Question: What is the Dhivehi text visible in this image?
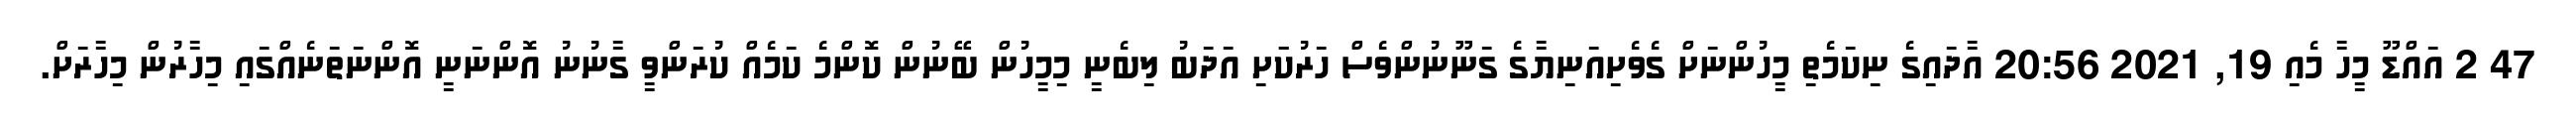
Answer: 47 2 އައްޑޫ މީހާ މެއި 19, 2021 20:56 އާދައިގެ ނިކަމެތި މީހުންނަށް ގެވެށިއަނިޔާގެ ގަނޫނުންވެސް ހަރުކަަށި އަދަބު ލިބެނީ މިމީހުން ބޭނުން ކޮންމެ ކަމެއް ކުރަންވީ ގާނުނު އޮންނަނީ އޮންނަތަނެއްގައި މިހާރުން މިހާރަށް.